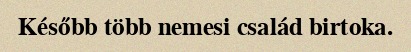
Később több nemesi család birtoka.